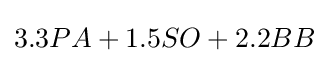
3.3PA+1.5SO+2.2BB